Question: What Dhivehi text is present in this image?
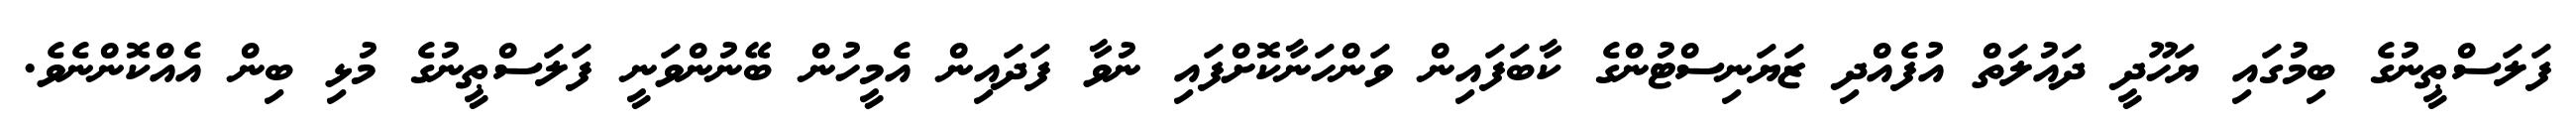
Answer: ފަލަސްޠީނުގެ ބިމުގައި ޔަހޫދީ ދައުލަތް އުފެއްދި ޒަޔަނިސްޓުންގެ ކާބަފައިން ވަންހަނާކޮށްފައި ނުވާ ފަދައިން އެމީހުން ބޭނުންވަނީ ފަލަސްޠީނުގެ މުޅި ބިން އެއްކޮންނެވެ.